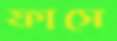
ফাসে